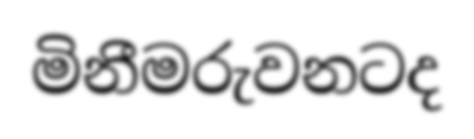
මිනීමරුවනටද